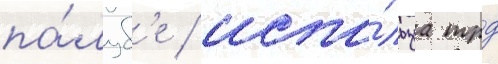
па́луб'е / испо́льзуа трд